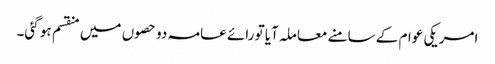
امریکی عوام کے سامنے معاملہ آیا تو رائے عامہ دو حصوں میں منقسم ہو گئی۔